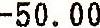
-50.00